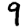
Digit: 9